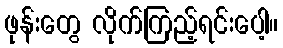
ဖုန်းတွေ လိုက်ကြည့်ရင်းပေါ့။